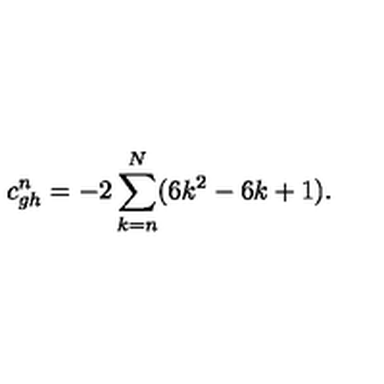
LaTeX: c _ { g h } ^ { n } = - 2 \sum _ { k = n } ^ { N } ( 6 k ^ { 2 } - 6 k + 1 ) .